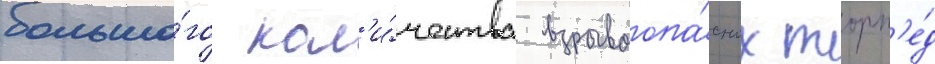
большо́го кол'и́чества взрывоопа́сных торп'е́д